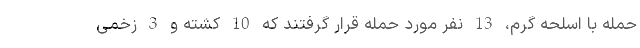
حمله با اسلحه گرم، 13 نفر مورد حمله قرار گرفتند که 10 کشته و 3 زخمی